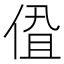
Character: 𬾩